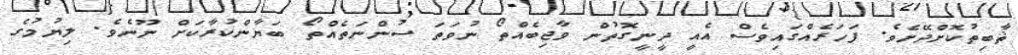
ޘާބިތުކޮށްދޭށެވެ. ފަހަރެއްގައިވެސް އެއީ ދީނީގޮތުން ވާޖިބެއްތޯ ނުވަތަ ސުންނަތެއްތޯ ބަޔާންކުރާކަށް ނޫނެވެ. ލިޔުމުގެ